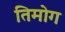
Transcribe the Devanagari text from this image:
तिमोग